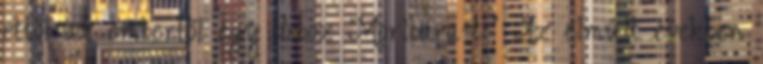
ettől az embertől egy doboz Morlbara-t? Az elmúlt években